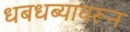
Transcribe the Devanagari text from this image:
धबधब्यावरून